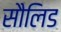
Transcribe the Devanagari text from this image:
सौलिड